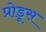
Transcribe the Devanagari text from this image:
प्रोडूस